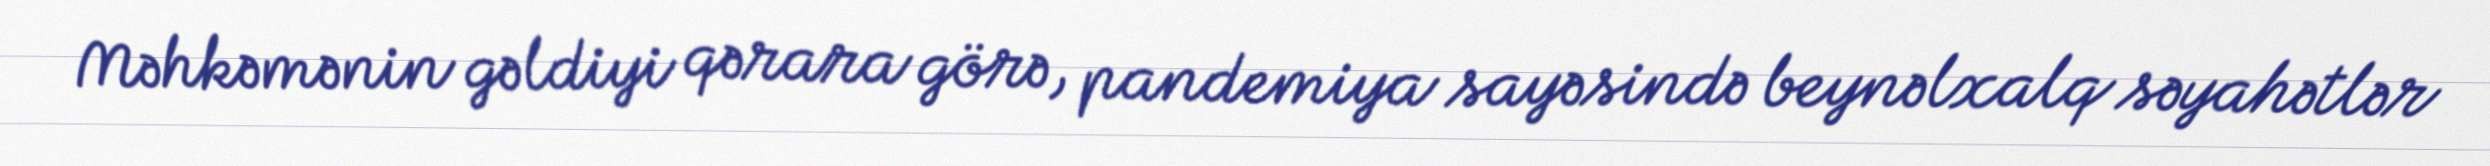
Məhkəmənin gəldiyi qərara görə, pandemiya sayəsində beynəlxalq səyahətlər